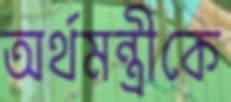
অর্থমন্ত্রীকে